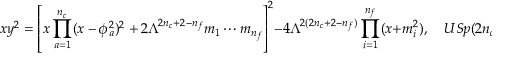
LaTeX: x y ^ { 2 } = \left[ x \prod _ { a = 1 } ^ { n _ { c } } ( x - \phi _ { a } ^ { 2 } ) ^ { 2 } + 2 \Lambda ^ { 2 n _ { c } + 2 - n _ { f } } m _ { 1 } \cdots m _ { n _ { f } } \right] ^ { 2 } - 4 \Lambda ^ { 2 ( 2 n _ { c } + 2 - n _ { f } ) } \prod _ { i = 1 } ^ { n _ { f } } ( x + m _ { i } ^ { 2 } ) , \quad U S p ( 2 n _ { c } ) .